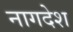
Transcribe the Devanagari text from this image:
नागदेश